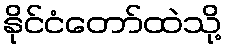
နိုင်ငံတော်ထဲသို့